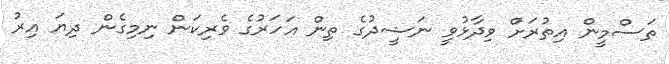
ތަސްމީން އިތުރަށް ވިދާޅުވީ ނަޝީދުގެ ތިން އަހަރުގެ ވެރިކަން ނިމިގެން ދިޔަ އިރު